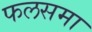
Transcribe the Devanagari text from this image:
फलसमा